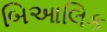
બિઆલિક